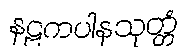
နဠကပါနသုတ္တံ